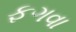
ફગવા